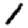
Digit: 1